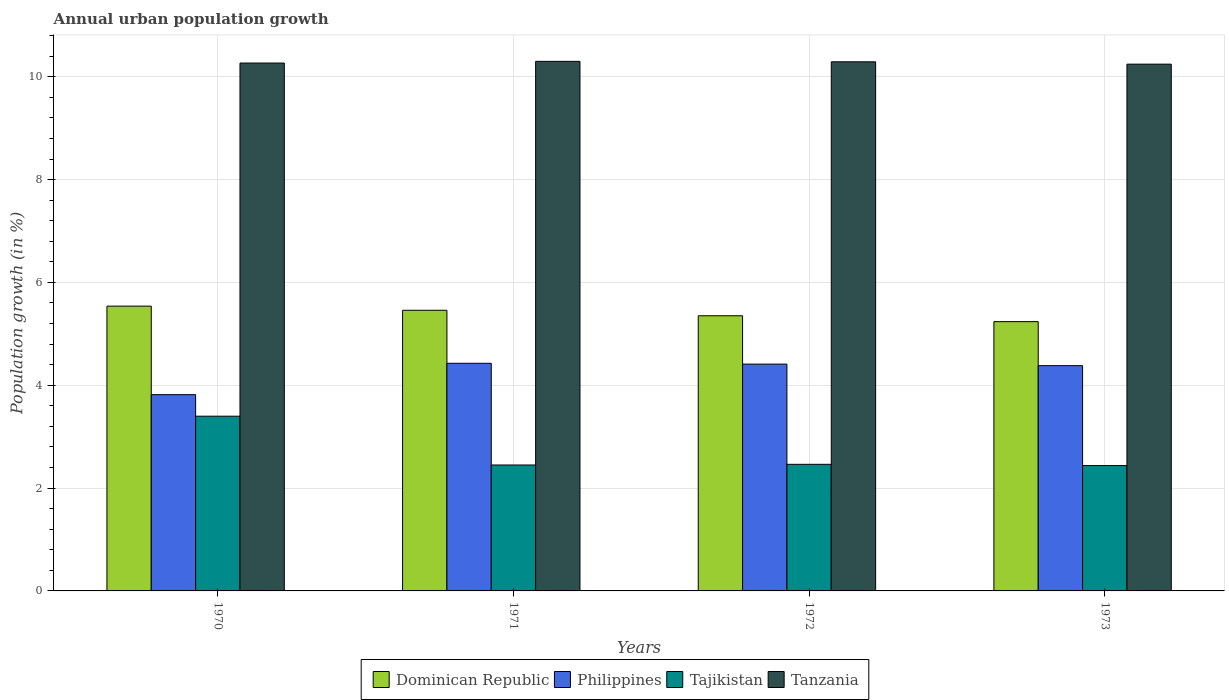
| Years | Dominican Republic | Philippines | Tajikistan | Tanzania |
 | --- | --- | --- | --- | --- |
 | 1970 | 5.54 | 3.82 | 3.4 | 10.3 |
 | 1971 | 5.46 | 4.43 | 2.45 | 10.3 |
 | 1972 | 5.35 | 4.41 | 2.46 | 10.3 |
 | 1973 | 5.24 | 4.38 | 2.44 | 10.2 |